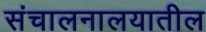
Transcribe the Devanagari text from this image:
संचालनालयातील